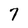
Character: 7